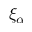
\xi _ { \alpha }